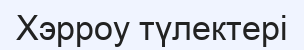
Хэрроу түлектері